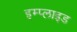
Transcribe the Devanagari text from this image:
इम्प्‍लाइड